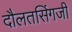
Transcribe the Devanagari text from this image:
दौलतसिंगजी